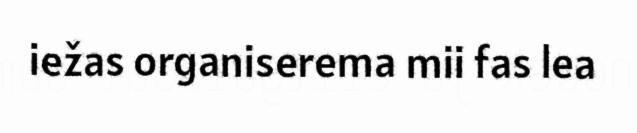
iežas organiserema mii fas lea